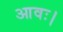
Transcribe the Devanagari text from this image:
आवः।